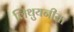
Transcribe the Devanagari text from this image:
लिथुयनीया